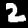
Label: 2